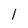
Character: l